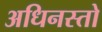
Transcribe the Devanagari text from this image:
अधिनस्तो